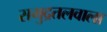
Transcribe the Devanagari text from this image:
समुद्रतलवाला